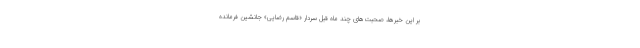
بر این خبرها، صحبت‌های چند ماه قبل سردار «قاسم رضایی» جانشین فرمانده